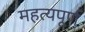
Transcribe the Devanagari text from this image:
महत्यपूर्ण